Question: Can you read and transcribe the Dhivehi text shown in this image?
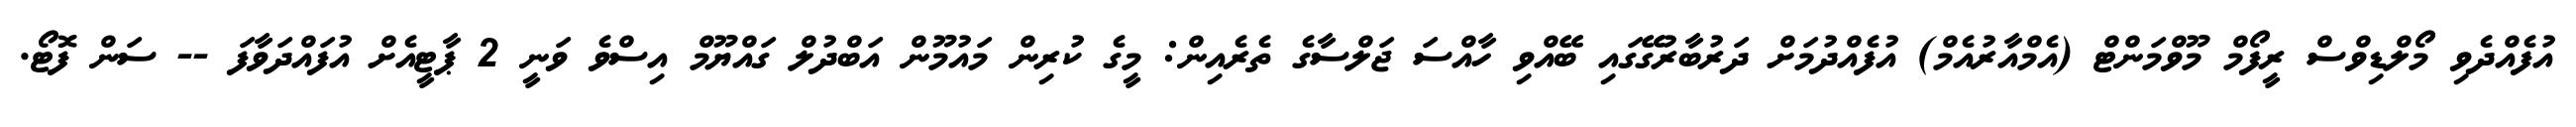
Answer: އުފެއްދެވި މޯލްޑިވްސް ރީފޯމް މޫވްމަންޓް (އެމްއާރުއެމް) އުފެއްދުމަށް ދަރުބާރުގޭގައި ބޭއްވި ހާއްސަ ޖަލްސާގެ ތެރެއިން: މީގެ ކުރިން މައުމޫން އަބްދުލް ގައްޔޫމް އިސްވެ ވަނީ 2 ޕާޓީއެށް އުފައްދަވާފަ -- ސަން ފޮޓޯ.